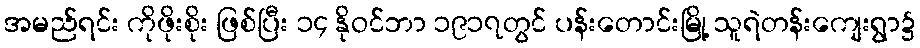
အမည်ရင်း ကိုဖိုးစိုး ဖြစ်ပြီး ၁၄ နိုဝင်ဘာ ၁၉၁၇တွင် ပန်းတောင်းမြို့ သူရဲတန်းကျေးရွာ၌